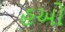
હઓ